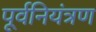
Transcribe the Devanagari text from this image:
पूर्वनियंत्रण